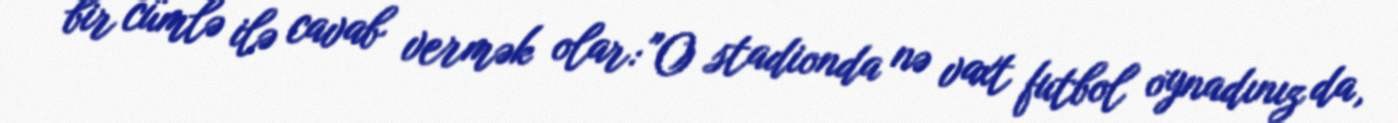
bir cümlə ilə cavab vermək olar: "O stadionda nə vaxt futbol oynadınız da,